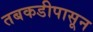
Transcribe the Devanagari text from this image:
तबकडीपासून